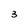
Character: 3